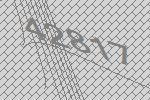
42817